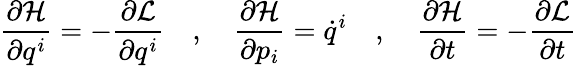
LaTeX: {\frac{\partial{\mathcal{H}}}{\partial q^{i}}}=-{\frac{\partial{\mathcal{L}}}{\partial q^{i}}}\quad,\quad{\frac{\partial{\mathcal{H}}}{\partial p_{i}}}={\dot{q}}^{i}\quad,\quad{\frac{\partial{\mathcal{H}}}{\partial t}}=-{\frac{\partial{\mathcal{L}}}{\partial t}}